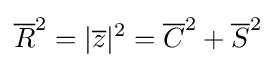
{\overline {R}}^{2}=|{\overline {z}}|^{2}={\overline {C}}^{2}+{\overline {S}}^{2}